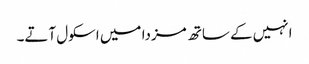
انہیں کے ساتھ مزدا میں اسکول آتے۔